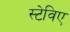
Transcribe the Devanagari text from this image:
स्टेविए